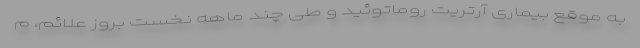
به موقع بیماری آرتریت روماتوئید و طی چند ماهه نخستِ بروز علائم، م